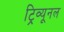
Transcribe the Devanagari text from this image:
ट्रिव्यूनल